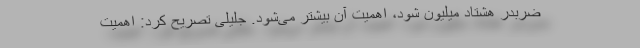
ضربدر هشتاد میلیون شود، اهمیت آن بیشتر می‌شود. جلیلی تصریح کرد: اهمیت